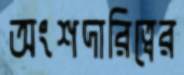
অংশদারিত্বের